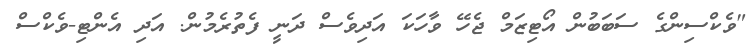
"ވެކްސިންގެ ސަބަބުން އޯޓިޒަމް ޖެހޭ ވާހަކަ އަދިވެސް ދަނީ ފެތުރެމުން. އަދި އެންޓި-ވެކްސް